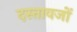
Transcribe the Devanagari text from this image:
दस्तावजों